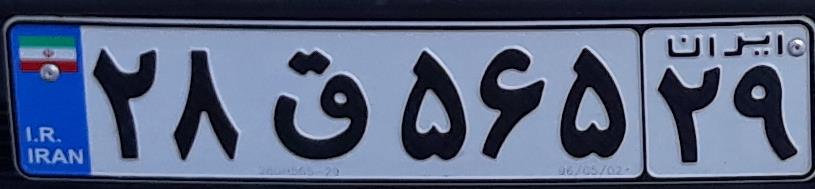
۲۸ق۵۶۵۲۹